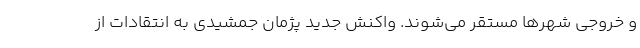
و خروجی شهرها مستقر می‌شوند. واکنش جدید پژمان جمشیدی به انتقادات از